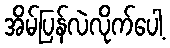
အိမ်ပြန်လဲလိုက်ပေါ့